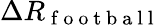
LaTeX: \Delta R_{\mathrm{~f~o~o~t~b~a~l~l~}}